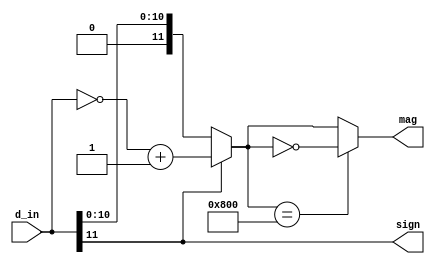
`timescale 1ns / 1ps
//////////////////////////////////////////////////////////////////////////////////
// Company: 
// Engineer: 
// 
// Design Name: 
// Module Name:    converter 
// Project Name: 
// Target Devices: 
// Tool versions: 
// Description: 
//
// Dependencies: 
//
// Revision: 
// Revision 0.01 - File Created
// Additional Comments: 
//
//////////////////////////////////////////////////////////////////////////////////
module converter( d_in, sign, mag
    );
	 
input wire [11:0] d_in;
output wire sign;
output wire [11:0] mag;
wire [11:0] temp_mag;
wire [11:0] temp_temp_mag;


assign sign = d_in[11];
assign temp_mag = (d_in[11]) ? ~(d_in) + 1'b1 : d_in;
assign temp_temp_mag = (temp_mag[11:0] == 12'b100000000000) ? ~temp_mag : temp_mag; //accounts for int min

assign mag = temp_temp_mag;

endmodule